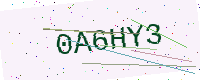
Text: 0A6HY3